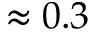
\approx 0 . 3